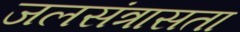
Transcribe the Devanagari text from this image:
जलसंत्रासता